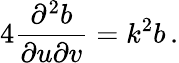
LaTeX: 4\frac{\partial^{2}b}{\partial u\partial v}=k^{2}b\, .